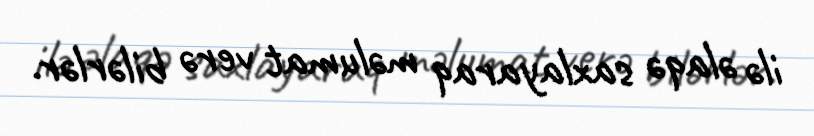
ilə əlaqə saxlayaraq məlumat verə bilərlər.